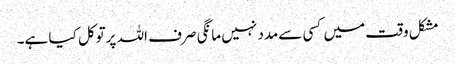
مشکل وقت میں کسی سےمدد نہیں مانگی صرف اللہ پرتوکل کیا ہے۔